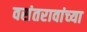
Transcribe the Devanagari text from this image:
वसंतरावांच्‍या